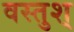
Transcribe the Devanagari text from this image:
वस्तुश्